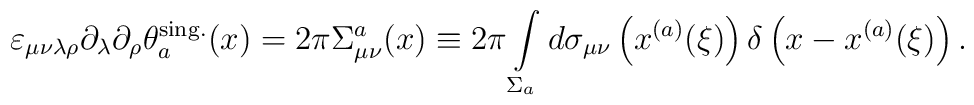
\varepsilon_{\mu\nu\lambda\rho}\partial_\lambda\partial_\rho\theta_a^{\rm sing.}(x)=2\pi\Sigma_{\mu\nu}^a(x)\equiv2\pi\int\limits_{\Sigma_a}^{}d\sigma_{\mu\nu}\left(x^{(a)}(\xi)\right)\delta\left(x-x^{(a)}(\xi)\right).